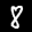
Label: 8